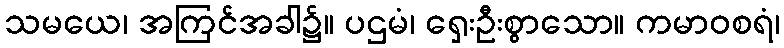
သမယေ၊ အကြင်အခါ၌။ ပဌမံ၊ ရှေးဦးစွာသော။ ကမာဝစရံ၊